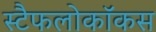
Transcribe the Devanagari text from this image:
स्टैफलोकॉकस